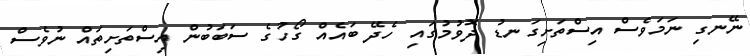
ނޭނގި ނަމަވެސް އިސްތަށިގަނޑު ދޮވުމުގައި ހެދޭ ބައެއް ގޯހުގެ ސަބަބުން އިސްތަށިތައް ނުވެސް